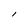
Character: l